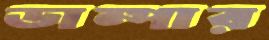
ডাম্পার